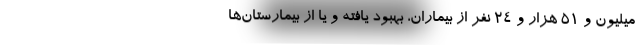
میلیون و ۵۱ هزار و ۲۴ نفر از بیماران، بهبود یافته و یا از بیمارستان‌ها